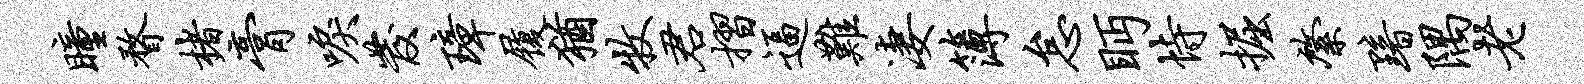
瞳瞀楮膏唳发璋履犹牧君摺逼难凄簿怠眄恃掘綮黯隅老